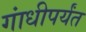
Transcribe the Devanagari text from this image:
गांधीपर्यंत